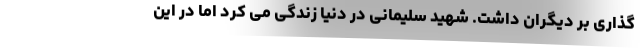
گذاری بر دیگران داشت. شهید سلیمانی در دنیا زندگی می کرد اما در این